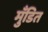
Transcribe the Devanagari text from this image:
मुँडित